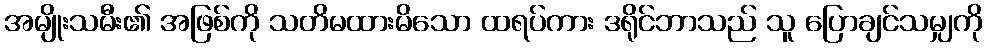
အမျိုးသမီး၏ အဖြစ်ကို သတိမထားမိသော ထရပ်ကား ဒရိုင်ဘာသည် သူ ပြောချင်သမျှကို